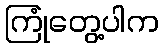
ကြုံတွေ့ပါက